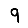
Digit: 9